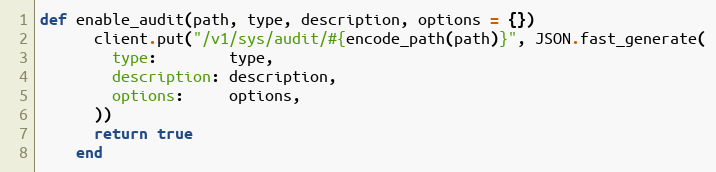
Language: Ruby
def enable_audit(path, type, description, options = {})
      client.put("/v1/sys/audit/#{encode_path(path)}", JSON.fast_generate(
        type:        type,
        description: description,
        options:     options,
      ))
      return true
    end